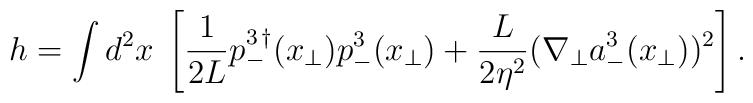
h = \int d^2x \; \left[ \frac{1}{2 L}  p^{3\,\dagger}_-({x}_{\bot}) p^{3}_-({x}_{\bot})+ \frac{L}{2\eta^2} (\nabla_{\bot} a^3_-({x}_{\bot}))^2\right].